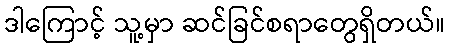
ဒါကြောင့် သူ့မှာ ဆင်ခြင်စရာတွေရှိတယ်။